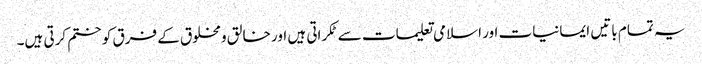
یہ تمام باتیں ایمانیات اور اسلامی تعلیمات سے ٹکراتی ہیں اور خالق ومخلوق کے فرق کو ختم کرتی ہیں۔